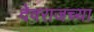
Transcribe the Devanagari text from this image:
देवराजच्या